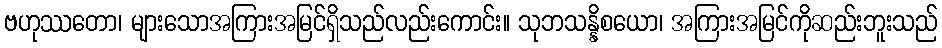
ဗဟုဿတော၊ များသောအကြားအမြင်ရှိသည်လည်းကောင်း။ သုဘသန္နိစယော၊ အကြားအမြင်ကိုဆည်းဘူးသည်